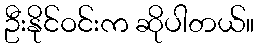
ဦးနိုင်ဝင်းက ဆိုပါတယ်။